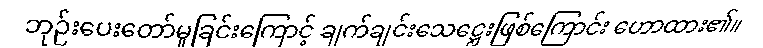
ဘုဉ်းပေးတော်မူခြင်းကြောင့် ချက်ချင်းသေဋ္ဌေးဖြစ်ကြောင်း ဟောထား၏။